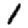
Digit: 1